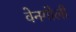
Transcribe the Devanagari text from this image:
वेनगोली